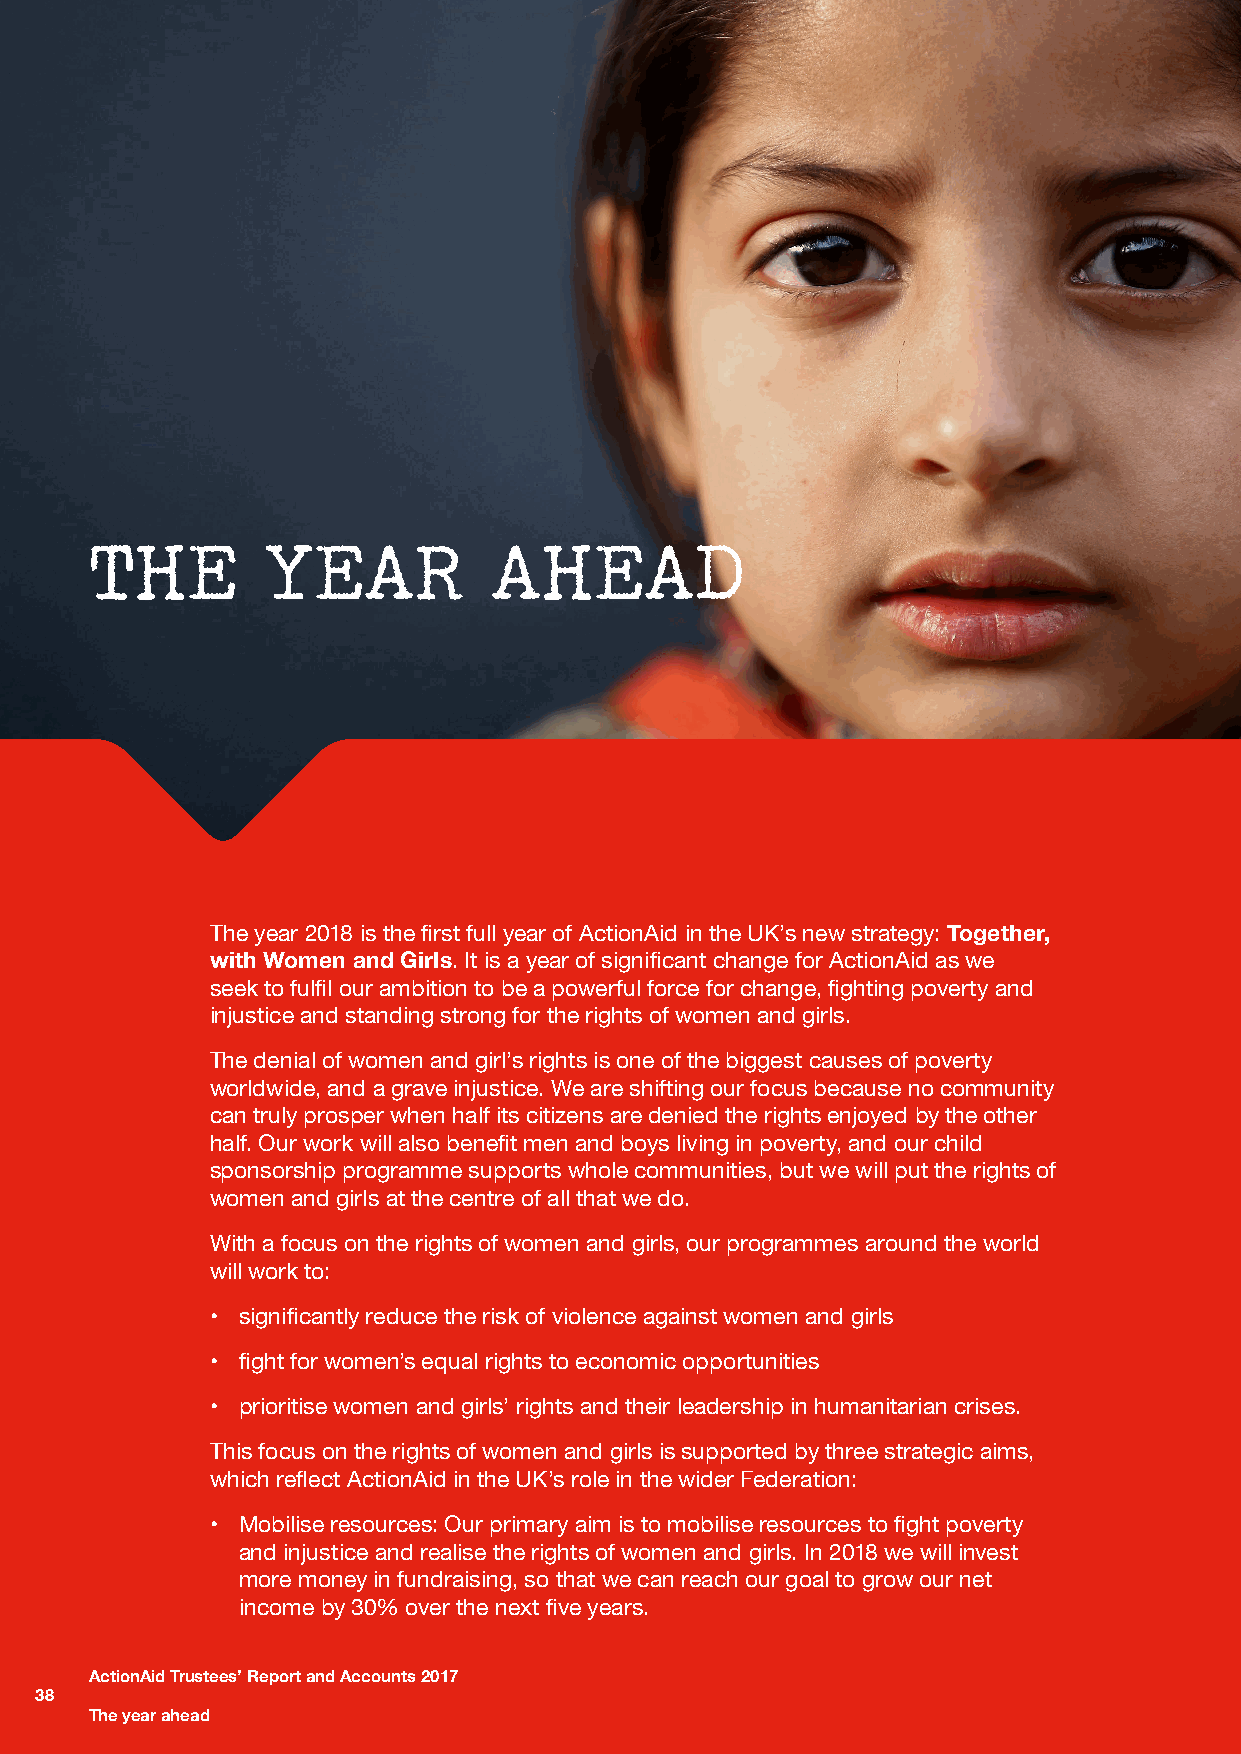
THE        YEAR           AHEAD
 The year 2018 is the first full year of ActionAid in the UK’s new strategy: Together,
 with Women and Girls. It is a year of significant change for ActionAid as we
 seek to fulfil our ambition to be a powerful force for change, fighting poverty and
 injustice and standing strong for the rights of women and girls.
 The denial of women and girl’s rights is one of the biggest causes of poverty
 worldwide, and a grave injustice. We are shifting our focus because no community
 can truly prosper when half its citizens are denied the rights enjoyed by the other
 half. Our work will also benefit men and boys living in poverty, and our child
 sponsorship programme supports whole communities, but we will put the rights of
 women and girls at the centre of all that we do.
 With a focus on the rights of women and girls, our programmes around the world
 will work to:
 • significantly reduce the risk of violence against women and girls
 • fight for women’s equal rights to economic opportunities
 • prioritise women and girls’ rights and their leadership in humanitarian crises.
 This focus on the rights of women and girls is supported by three strategic aims,
 which reflect ActionAid in the UK’s role in the wider Federation:
 • Mobilise resources: Our primary aim is to mobilise resources to fight poverty
 and injustice and realise the rights of women and girls. In 2018 we will invest
 more money in fundraising, so that we can reach our goal to grow our net
 income by 30% over the next five years.
 ActionAid Trustees’ Report and Accounts 2017
 38
 The year ahead